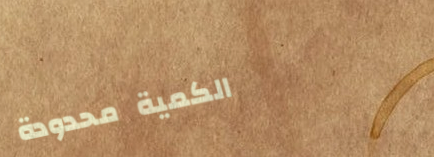
الكمية محدودة